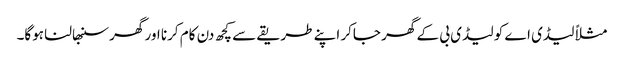
مثلاً لیڈی اے کو لیڈی بی کے گھر جاکر اپنے طریقے سے کچھ دن کام کرنا اور گھر سنبھالنا ہوگا۔